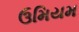
ઉમિયમ